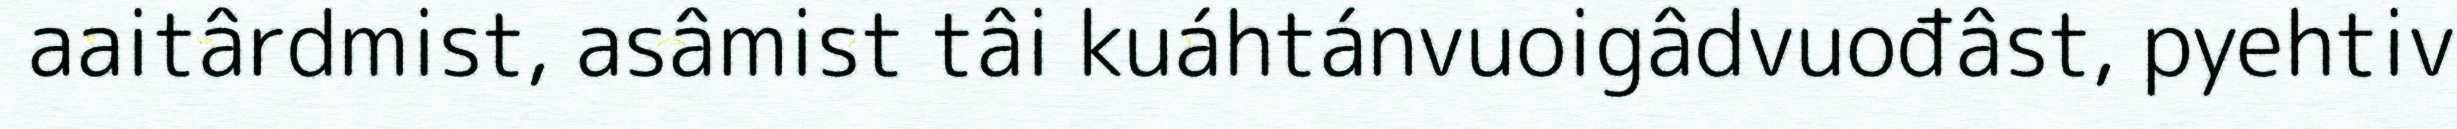
aaitârdmist, asâmist tâi kuáhtánvuoigâdvuođâst, pyehtiv